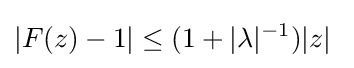
|F(z)-1|\leq (1+|\lambda |^{-1})|z|~